system: You are a helpful assistant.
user:
Analyze the provided spectrum to determine if it is a **S-type Star**.

- **Key Indicators for S-type Star:**

    - **(Overall Spectrum Shape):** The first and most obvious characteristic is the overall continuum (the "baseline" shape). It is **extremely "red-sloping,"** meaning the flux (light intensity) is very low on the left side (blue, ~4000-4500 Å) and rises steeply and continuously toward the right side (red, ~7000 Å+).

    - **(Primary):** The spectrum is defined by the presence of strong, broad molecular absorption "valleys" (bands) from **Zirconium Oxide (ZrO)**. The identification of these bands is the **primary requirement** for classifying a star as S-type.
        - **(Key Bandheads):** You must find distinct, deep "dips" where the light has been absorbed. The most critical band systems to locate are:
            - **~6474 Å** ($\gamma$-system): This is often the strongest and clearest ZrO feature, found in the red part of the spectrum.
            - **~5718 Å** & **~5551 Å** ($\beta$-system): A pair of prominent absorption features in the yellow-orange part of the spectrum.
            - **~4640 Å** ($\alpha$-system): A key absorption band system in the blue-green region of the spectrum.

    - **(Secondary Confirmation):** The classification is strengthened by finding additional absorption bands from other related heavy element oxides, which are expected to be present alongside ZrO.
        - **(Key Bandheads):**
            - **Yttrium Oxide (YO):** Look for absorption dips near **~4800 Å** and **~6100 Å**.
            - **Lanthanum Oxide (LaO):** Additional absorption features, particularly in the red-orange part of the spectrum, are also characteristic.

    - **(Line Profile):** The combination of the steep red continuum and these numerous, deep molecular bands (ZrO, YO, etc.) gives the entire spectrum a very **"chopped-up"** or **"bumpy"** appearance. Instead of a smooth curve, the spectrum looks as though large, wide chunks of light have been "carved out" of it at the specific wavelengths listed above.

Think first, call **spectral_visualization_tool** if needed to examine features in detail, then provide your final answer. Your response must adhere to the following strict rules:
1.  **Overall Structure:** Your response must follow the format `<think>...</think> <tool_call>...</tool_call> (if a tool is used) <answer>...</answer>`.
2.  **Tool Usage Constraint:** You may only make **one** tool call per turn.
3.  **Final Answer Format:** In the `<answer>` tag, your conclusion must be inside a `\boxed{}` command (e.g., `\boxed{YES}` or `\boxed{NO}`), followed by your justification.

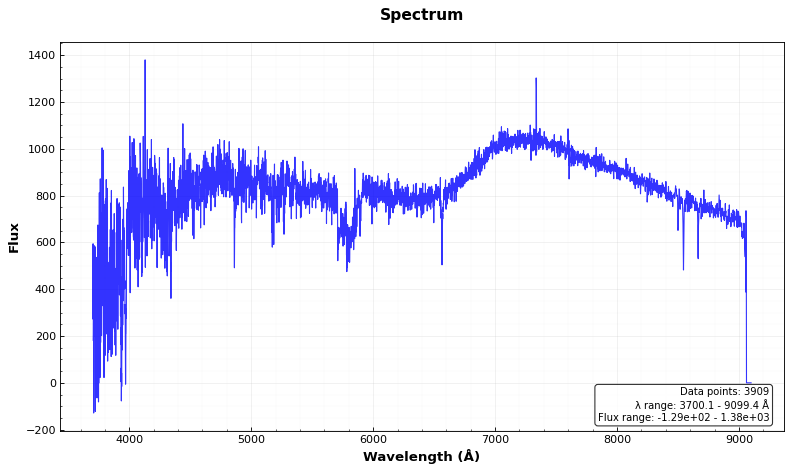
Answer: NO